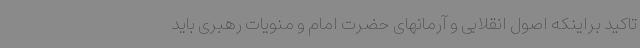
تاکید براینکه اصول انقلابی و آرمانهای حضرت امام و منویات رهبری باید